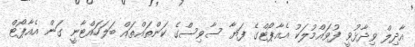
އާދިލް ވިދާޅުވީ ފުވައްމުލަކު އެއާޕޯޓްގެ ފަޔާ ސާވިސްގެ ކަންތައްތައް ބަލަހައްޓާނީ ގަން އެއާޕޯޓް